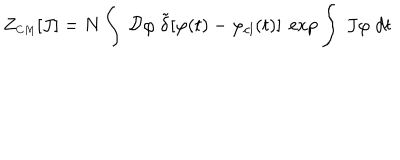
Z _ { \scriptscriptstyle C M } [ J ] = N \int ~ { \cal D } \varphi ~ { \tilde { \delta } } [ \varphi ( t ) - \varphi _ { c l } ( t ) ] ~ \exp \int ~ J \varphi \; d t